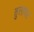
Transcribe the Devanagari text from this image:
तुलापट